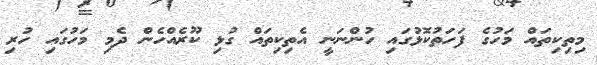
މިތިކިތައް މަހުގެ ފަަހަތުކޮޅުގައި ހުންނަނީ އެތިކިތައް ގުޅި ކޫރެއްހެން ދެމި މަހުގައި ހުރި